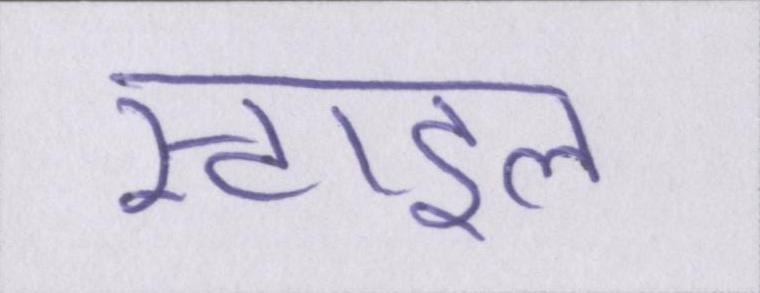
स्टाइल